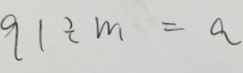
9 1 \div m = a